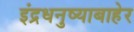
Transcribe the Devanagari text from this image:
इंद्रधनुष्याबाहेर